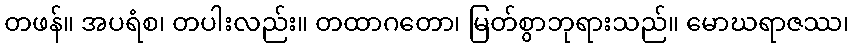
တဖန်။ အပရံစ၊ တပါးလည်း။ တထာဂတော၊ မြတ်စွာဘုရားသည်။ မောဃရာဇဿ၊